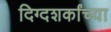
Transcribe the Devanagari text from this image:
दिग्दशर्कांच्या